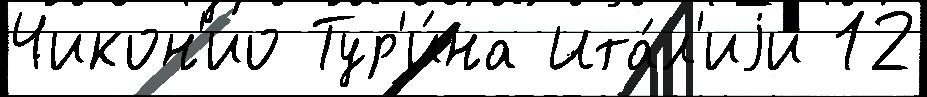
Чикон'ио Тур'и́на Ита́л'иjи 12